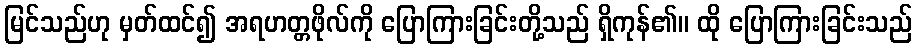
မြင်သည်ဟု မှတ်ထင်၍ အရဟတ္တဖိုလ်ကို ပြောကြားခြင်းတို့သည် ရှိကုန်၏။ ထို ပြောကြားခြင်းသည်